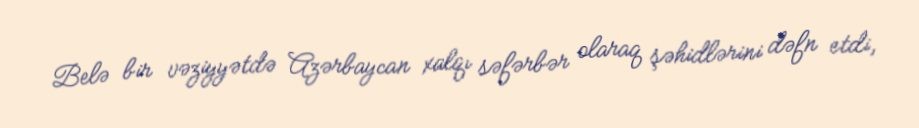
Belə bir vəziyyətdə Azərbaycan xalqı səfərbər olaraq şəhidlərini dəfn etdi,